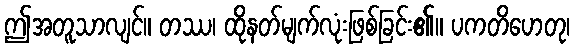
ဤအတူသာလျင်။ တဿ၊ ထိုနတ်မျက်လုံးဖြစ်ခြင်း၏။ ပကတိဟေတု၊